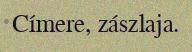
Címere, zászlaja.